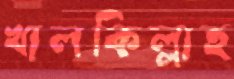
খালকিল্লাহ